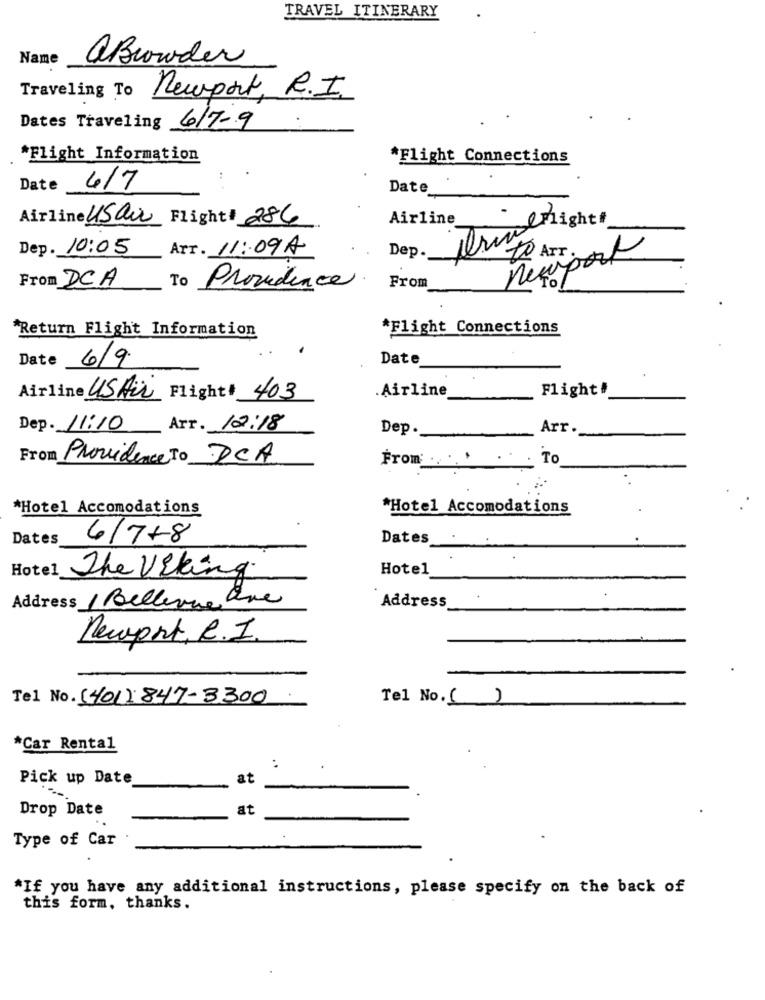
TRAVEL ITINERARY
Name
aBrowder
Traveling To
Newport, R.I.
Dates Traveling 6/7-9
*Flight Information
*Flight Connections
Date
6/7
Date
Airline Usaa Flight# 286
Airline
Wright
Dep. 10:05
Arr. 11:09A
Dep.
From DCA
From
To
Providence
"Return Flight Information
*Flight Connections
Date 6/9
Date
.Airline
Flight#
Airline USAir Flight# 403
Dep. 11:10
Arr. 12:18
Dep.
Arr.
From Providence To DCA
From: ... . . . . To
*Hotel Accomodations
*Hotel Accomodations
Dates
6/7+8
Dates
Hotel
Hotel The Viking
Address / Bellevue one
Address
Newport, R.I.
Tel No. (401) 847-3300
Tel No.( )
*Car Rental
:
Pick up Date
at
Drop Date
at
Type of Car
*If you have any additional instructions, please specify on the back of
this form, thanks.